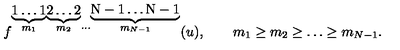
f ^ { \stackrel { \underbrace { \mathrm { \scriptsize 1 \ldots 1 } } } { m _ { 1 } } \stackrel { \underbrace { \mathrm { \scriptsize 2 \ldots 2 } } } { m _ { 2 } } \cdots \stackrel { \underbrace { \mathrm { \scriptsize N - 1 \ldots N - 1 } } } { m _ { N - 1 } } } ( u ) , \qquad { m _ { 1 } \geq m _ { 2 } \geq \ldots \geq m _ { N - 1 } } .